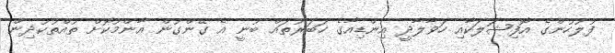
ފުލުހުންގެ އޮފިޝަލަކާއި ހަވާލާދީ އިންޑިއާގެ ހަބަރުތައް ބުނީ އެ ގޭންގުން އާންމުކޮށް ތުއްތުކުދިން